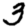
Digit: 3